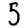
Digit: 5